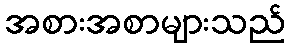
အစားအစာများသည်